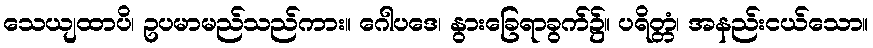
သေယျထာပိ၊ ဥပမာမည်သည်ကား။ ဂေါပဒေ၊ နွားခြေရာခွက်၌။ ပရိတ္တံ၊ အနည်းငယ်သော။